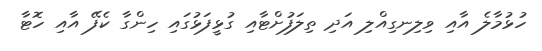
ހުޅުމާލެ އާއި ވިލިނގިއްލި އަދި ތިލަފުށްޓާއި ގުޅީފަޅުގައި ހިންގާ ކެފޭ އާއި ހޮޓާ